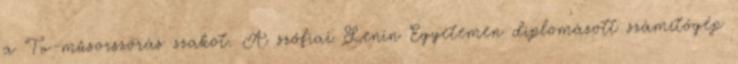
a Tv-mûsorszórás szakot. A szófiai Lenin Egyetemen diplomázott számítógép